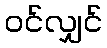
ဝင်လျှင်